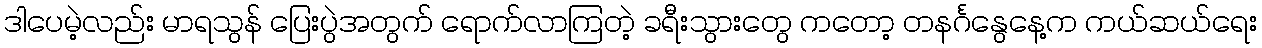
ဒါပေမဲ့လည်း မာရသွန် ပြေးပွဲအတွက် ရောက်လာကြတဲ့ ခရီးသွားတွေ ကတော့ တနင်္ဂနွေနေ့က ကယ်ဆယ်ရေး